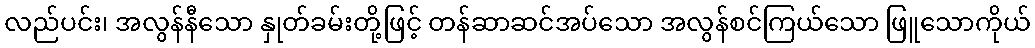
လည်ပင်း၊ အလွန်နီသော နှုတ်ခမ်းတို့ဖြင့် တန်ဆာဆင်အပ်သော အလွန်စင်ကြယ်သော ဖြူသောကိုယ်